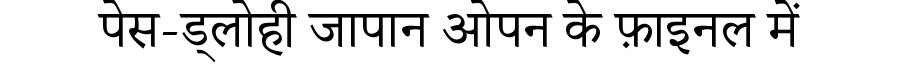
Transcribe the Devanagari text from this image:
पेस-ड्लोही जापान ओपन के फ़ाइनल में